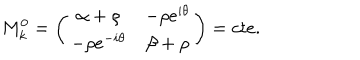
M _ { k } ^ { 0 } = \left( \begin{matrix} { { \alpha + \rho } } & { { - \rho e ^ { i \theta } } } \\ { { - \rho e ^ { - i \theta } } } & { { \beta + \rho } } \\ \end{matrix} \right) = c t e .